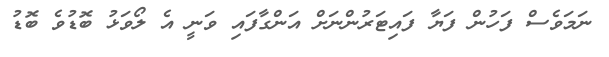
ނަމަވެސް ފަހުން ފަޔާ ފައިޓަރުންނަށް އަންގާފައި ވަނީ އެ ލޯވަޅު ބޮޑުވެ ބޮޑު